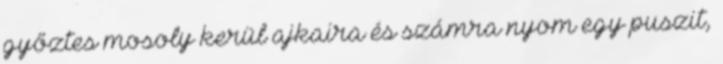
győztes mosoly kerül ajkaira és számra nyom egy puszit,